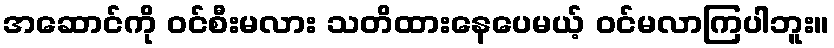
အဆောင်ကို ဝင်စီးမလား သတိထားနေပေမယ့် ဝင်မလာကြပါဘူး။